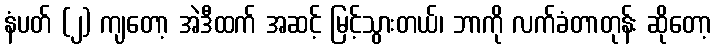
နံပတ် (၂) ကျတော့ အဲဒီထက် အဆင့် မြင့်သွားတယ်၊ ဘာကို လက်ခံတာတုန်း ဆိုတော့